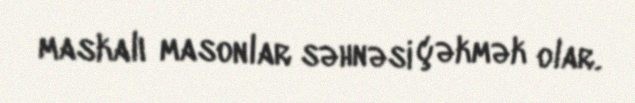
maskalı masonlar səhnəsi çəkmək olar.